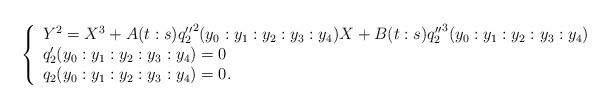
LaTeX: \begin{align*}\left\{\begin{array}{l}Y^2=X^3+A(t:s){q''_2}^2(y_0:y_1:y_2:y_3:y_4)X+B(t:s){q''_2}^3(y_0:y_1:y_2:y_3:y_4)\\q_2'(y_0:y_1:y_2:y_3:y_4)=0\\q_2(y_0:y_1:y_2:y_3:y_4)=0.\end{array}\right.\end{align*}